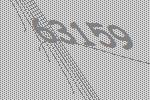
63159